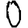
Digit: 0